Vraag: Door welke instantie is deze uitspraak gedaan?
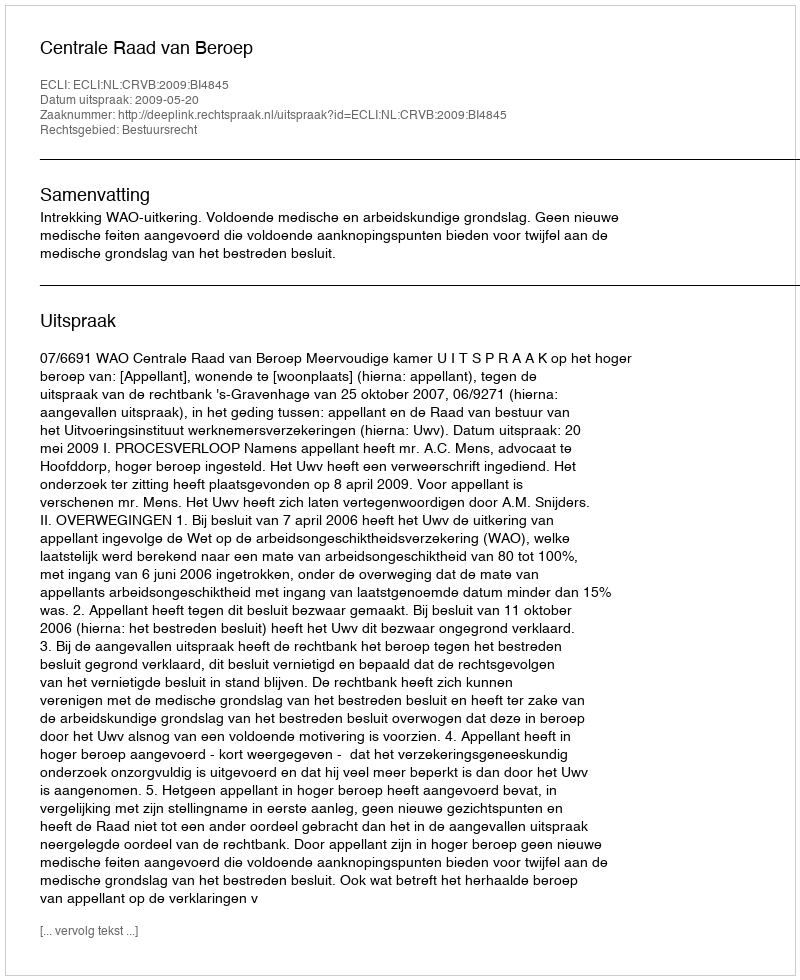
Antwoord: Centrale Raad van Beroep